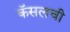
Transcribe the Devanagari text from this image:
कॅसलची